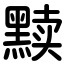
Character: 黩